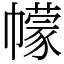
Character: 幪